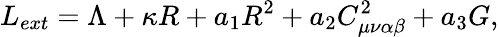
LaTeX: L_{ext}=\Lambda+\kappa R+a_{1}R^{2}+a_{2}C_{\mu\nu\alpha\beta}^{2}+a_{3}G,